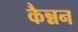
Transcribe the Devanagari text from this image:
कैन्नन